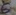
Text: 6